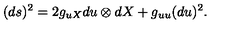
( d s ) ^ { 2 } = 2 g _ { u X } d u \otimes d X + g _ { u u } ( d u ) ^ { 2 } .